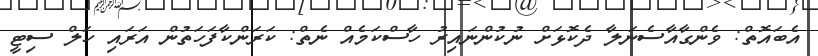
އެބައޮތް: ވެންގާއާސެނަލާ ދެކޮޅަށް ނުުކުންނައިރު ހާސްކަމެއް ނެތް: ކަރަންކާފަހަތުން އަރައި ހަލް ސިޓީ